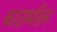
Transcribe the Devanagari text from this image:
काउमडिन